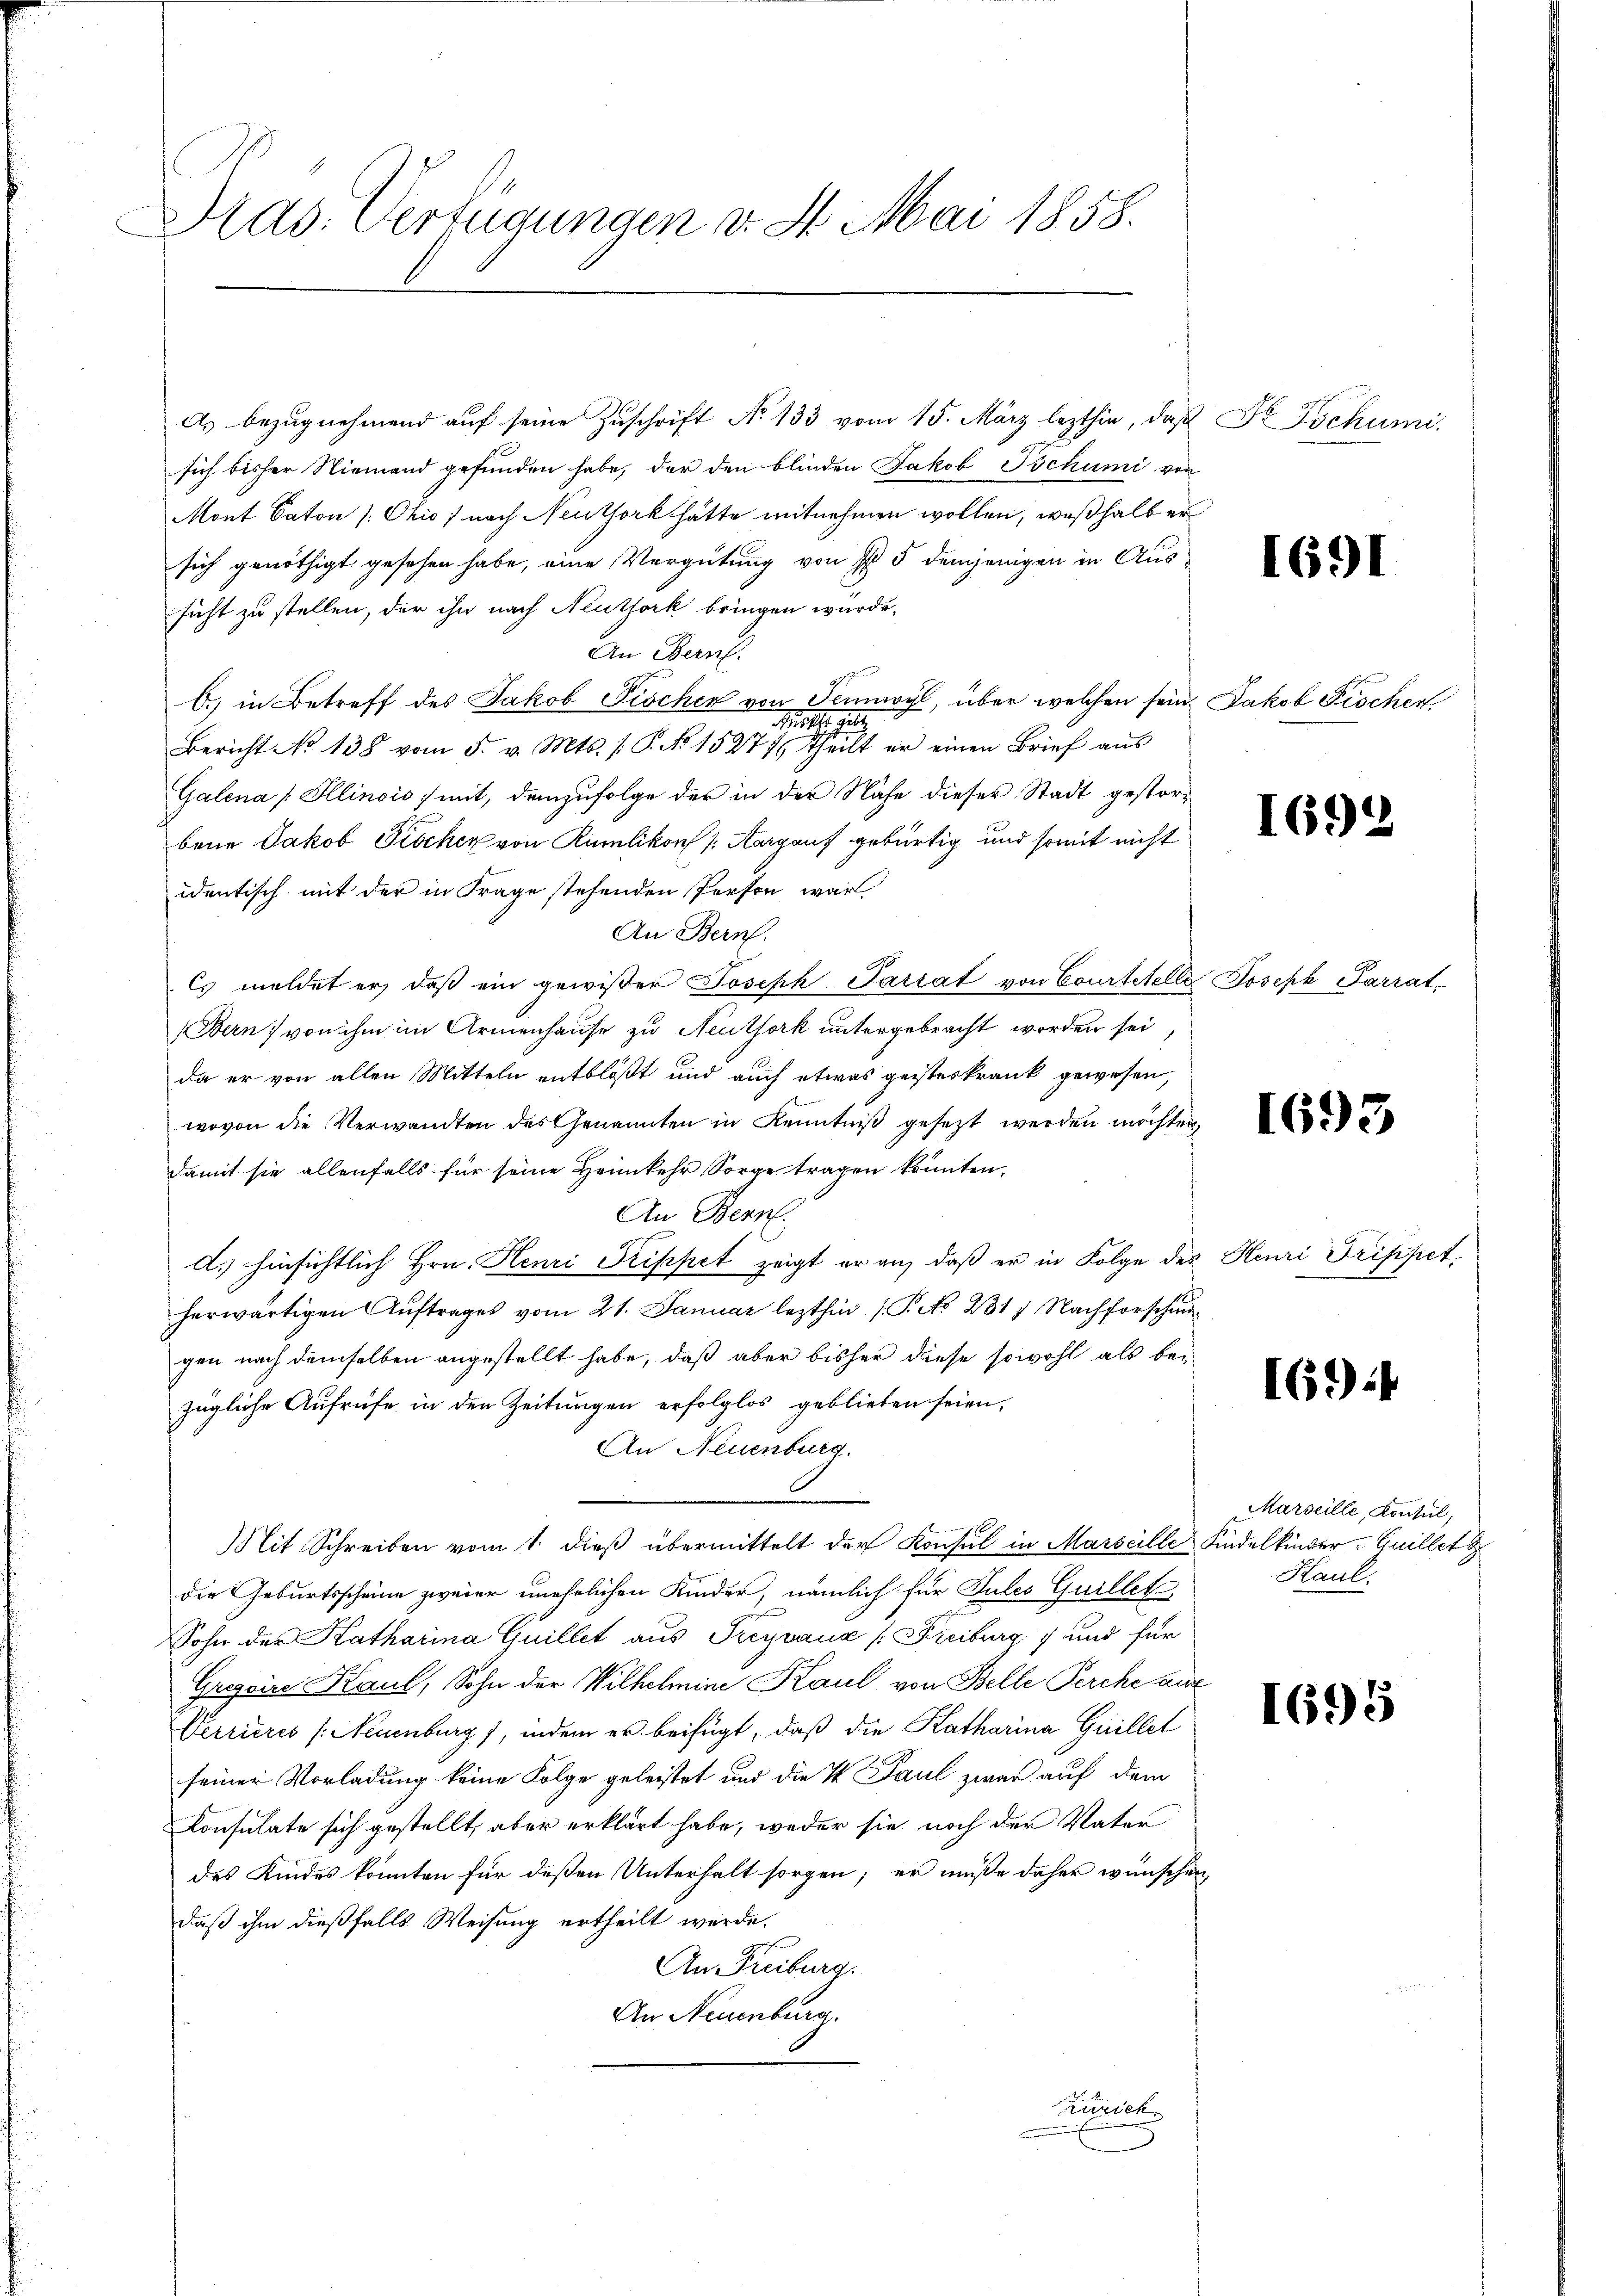
Hras. Verfügungen v. St. Mai 1858.

A. bezugnehmend auf seine Zuschrift No 133 vom 15. März lezthin, daß
sich bisher Niemand gefunden habe, der den blinden Jakob Tschumi von
Mont Caton /: Ohio) nach Neuthork hätte mitnehmen wollen, weßhalb er
sich genöthigt gesehen habe, eine Vergütung von I 5 demjenigen in Aussicht zu stellen, der ihn nach Neuthork bringen würde,
An Bern.
6.) in Betreff des Jakob Fischer von Tenwyl, über welchen sein Jakob Fischer
Mtt. Galle
Bericht No 138 vom 5. v. Mts. (: P. No 15271, Theilt er einen Brief aus
Galena [Illinois) mit, demzufolge der in der Nähe dieses Stadt gestorbene Jakob Fischer von Kamlikon (Aargauf gebürtig und somit nicht
identisch mit der in Frage stehenden Person war,
An Bern.
Cs meldet er, daß ein gewißer Joseph Pariat von Courtstelle
Bern) von ihm im Armenhause zu Neuthork untergebracht worden sei,
da er von allen Mitteln entblößt und auch etwas geisteskrank gewesen,
wovon die Verwandten des Genannten in Kenntniβ gesezt werden möchten,
damit sie allenfalls für seine Heimkehr Sorge tragen könnten.
An Bern.
d. hinsichtlich Hrn. Henri Trippet zeigt er an, daß er in Folge des Henri Triffect
herwärtigen Auftrages vom 21. Januar lezthin (P No 231) Nachforscha
gen nach demselben angestellt habe, daß aber bisher diese sowohl als bei
zügliche Aufrufe in den Zeitungen erfolglos geblieben seien,
An Neuenburg.
Mit Schreiben vom 1. dieß übermittelt der Konsul in Marseille Kindelkinder. Quillet
die Geburtsscheine zweier unehelichen Kinder, nämlich für Pules Guillet
Sohn der Katharina Guillet aus Freyvaux (Freiburg 7 und für
Grossine Kaul, Sohn der Wilhelmine Kaul von Belle Perche aux
Verrieres (Neuenburg), indem es beifügt, daß die Katharina Guillet
seiner Vorladung keine Folge geleistet und die I Paul zwar auf dem
Konsulate sich gestellt, aber erklärt habe, weder sie noch der Vater
des Kindes konnten für deßen Unterhalt sorgen; er müße daher wünschen
daß ihm dießfalls Weisung ertheilt werde.
An Freiburg.
An Neuenburg.
Künich

Dr. Tschumi

1691

1692

Joseph Parrat

1693

169)

Marseille, Konsul,
Haul:

1695